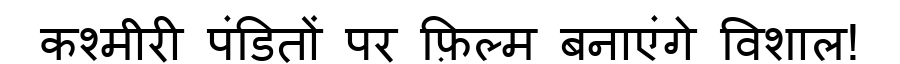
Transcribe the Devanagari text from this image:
कश्मीरी पंडितों पर फ़िल्म बनाएंगे विशाल!